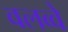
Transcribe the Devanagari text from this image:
वलव्वे